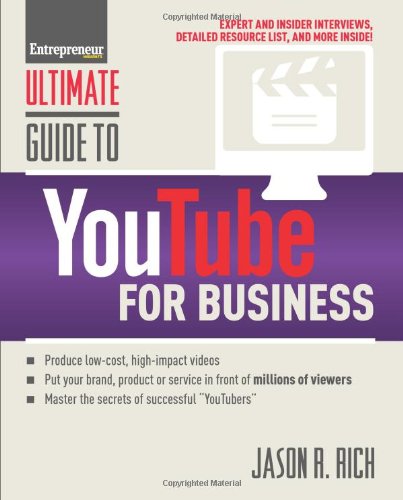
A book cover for Ultimate Guide to YouTube for Business (Ultimate Series); Jason R. Rich; Computers & Technology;